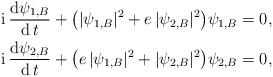
LaTeX: \begin{align*} \mathrm{i}\,\frac{\mathrm{d} \psi_{1,B}}{\mathrm{d}\,t} + \big( |\psi_{1,B}|^2 + e\,|\psi_{2,B}|^2 \big) \psi_{1,B} &= 0, \\ \mathrm{i}\,\frac{\mathrm{d} \psi_{2,B}}{\mathrm{d}\,t} + \big( e\,|\psi_{1,B}|^2 + |\psi_{2,B}|^2 \big) \psi_{2,B} &= 0, \end{align*}